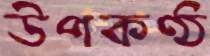
উপকণ্ঠ